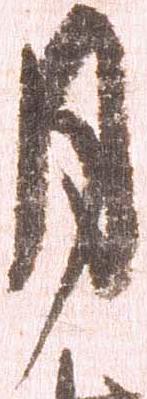
月